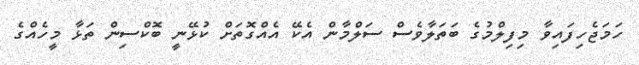
ހަމަޖެހިފައިވާ މިފިލްމުގެ ބަތަލާވެސް ސަލްމާން އެކޭ އެއްގޮތަށް ކުޅޭނީ ބޮކްސިން ތަޅާ މީހެއްގެ